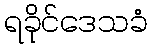
ရခိုင်ဒေသခံ